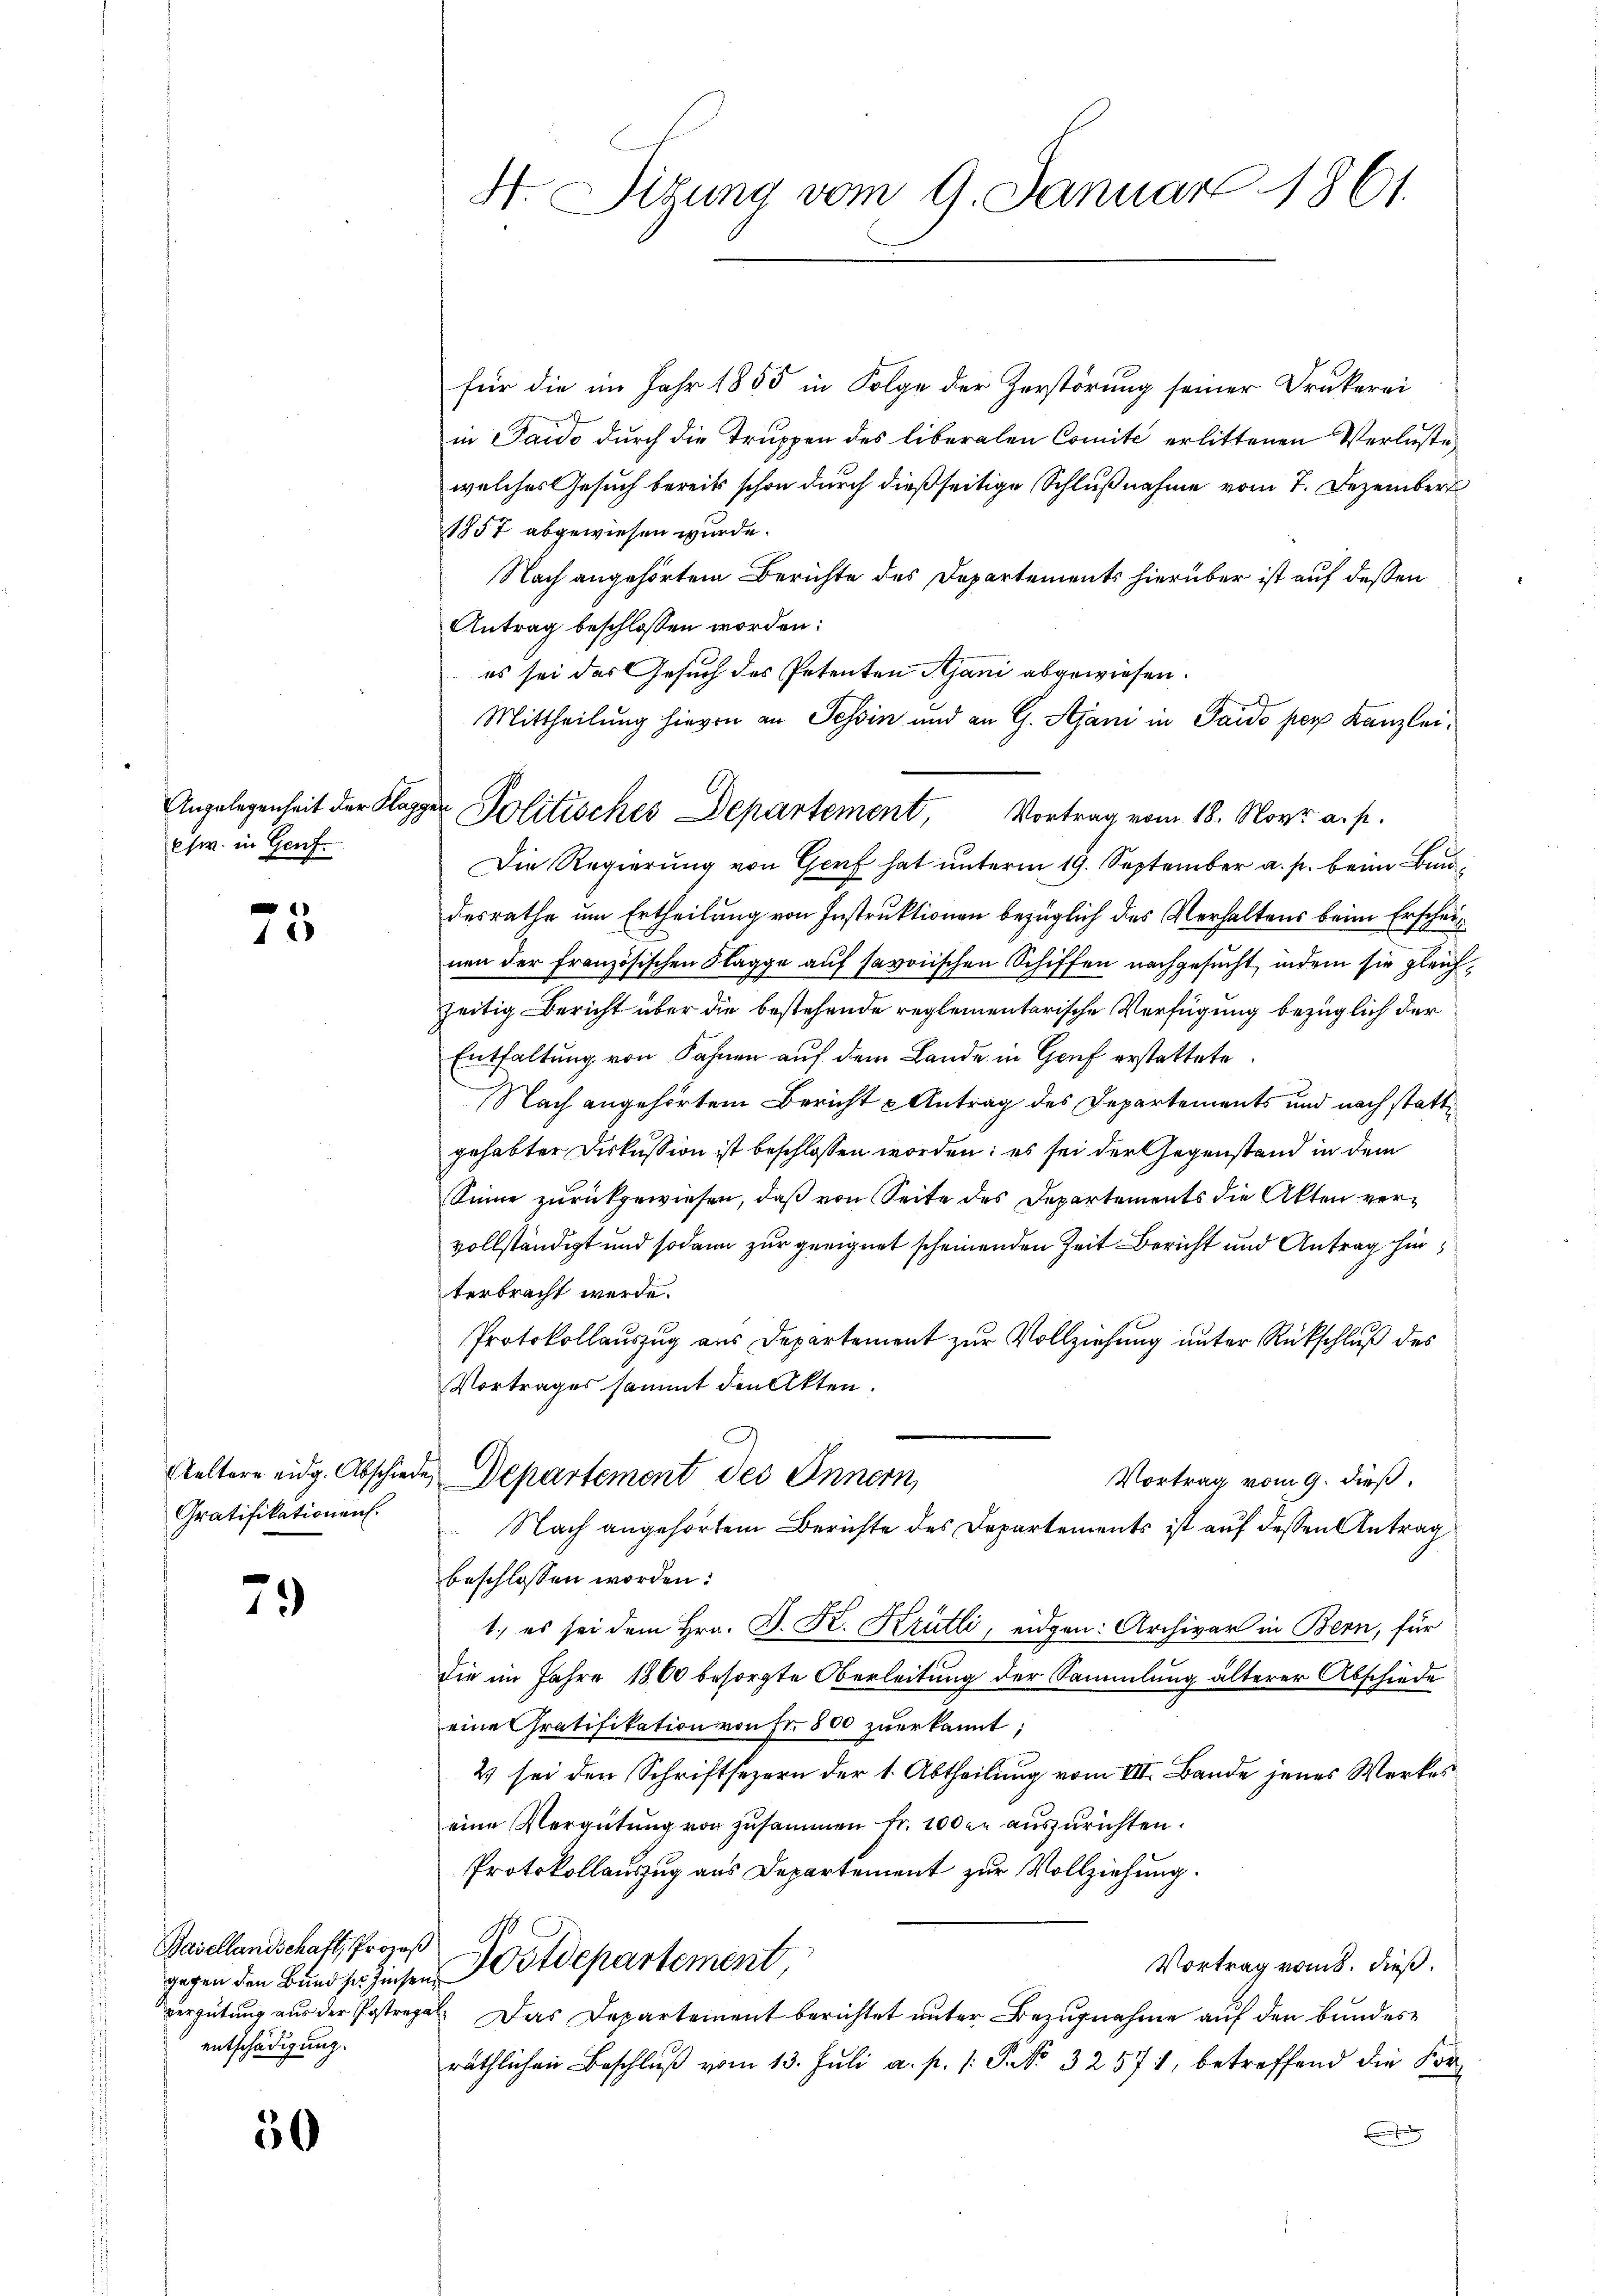
Angelegenheit der Klag
esw. in Genf

1

Gratifikationen.

79

Basellandschaft, Prozeß
entschädigung.

30

H. Sitzung vom 9. Januar 1861.

Mittheilung hievon an Tessin und an G. Ajani in Pardo per Kanzleiger Politisches Departement, Vortrag vom 18. Nov. a. p.

für die im Jahr 1855 in Folge der Zerstörung seiner Drukerei
in Saido durch die Truppen des liberalen Comité erlittenen Verluste,
welches Gesuch bereits schon durch dießseitige Schlußnahme vom 7. Dezember
1857 abgewiesen wurde.
Nach angehörtem Berichte des Departements hierüber ist auf dessen
Antrag beschlossen worden:
es sei das Gesuch des Petenten Ajani abgewiesen.
Die Regierung von Genf hat unterm 19. September a. p. beim Bundesrathe um Ertheilung von Instruktionen bezüglich des Verhaltens beim Erscheinen der Französischen Klagge auf savoiischen Schiffen nachgesucht, indem sie gleichzeitig Bericht über die bestehende reglementarische Verfügung bezüglich der
Entfaltung von Fahnen auf dem Lande in Gruf erstattete
Nach angehörtem Bericht u Antrag des Departements und nach stattgehabter Diskussion ist beschlossen worden; es sei der Gegenstand in dem
Sinne zurückgewiesen, daß von Seite des Departements die Akten vervollständigt und sodann zur geeignet scheinenden Zeit Bericht und Antrag hinterbracht werde.
Protokollauszug aus Departement zur Vollziehung unter Rückschluß des
Vortrages sammt den Akten.
Waltern eidg. Abschiede, Departement des Innern,
Vortrag vom 9. dieß.
Nach angehörtem Berichte des Departements ist auf dessen Antrag
beschlossen worden.
1.) es sei dem Hrn. D. K. Krütli, eidgen: Archivar in Bern, für
die im Jahre 1860 besorgte Oberleitung der Sammlung älterer Abschiede
eine Gratifikation von Fr. 800 zŭerkannt:
2 sei den Schriftsezern der 1. Abtheilung vom VII. Bande jenes Werkes
eine Vergütŭng von zusammen fr. 100 er auszurichten.
Protokollauszug aus Departement zur Vollziehung.
Vortrag vom 8. dieß.
gegen den Bund sr. Zinsen Notdepartement,
vergütung aus der Postregal. Das Departement berichtet unter Bezugnahme auf den bundesräthlichen Beschluß vom 13. Juli a. p. /: P. No. 32571, betreffend die Kor¬
B